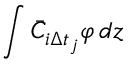
\int \bar { C } _ { i \Delta t _ { j } } \varphi \mathop { } \! { d { z } }